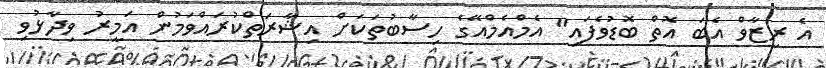
އެ ރިޒާވް އެބަ އޮތް ބޮޑުވެފައި" އެމްއެމްއޭގެ ހިސާބުތަކަށް އިޝާރަތްކުރައްވަމުން އަމީރު ވިދާޅުވި